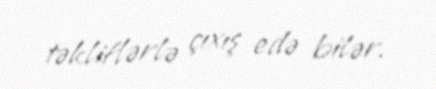
təkliflərlə çıxış edə bilər.